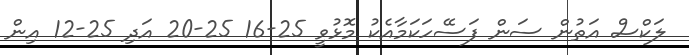
ލަކްސް އަތުން ސަން ފަސޭހަކަމާއެކު މޮޅުވީ 25-16 25-20 އަދި 25-12 އިން